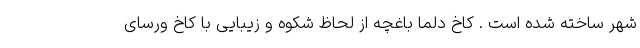
شهر ساخته شده است . کاخ دلما باغچه از لحاظ شکوه و زیبایی با کاخ ورسای